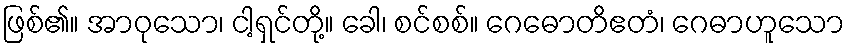
ဖြစ်၏။ အာဝုသော၊ ငါ့ရှင်တို့။ ခေါ၊ စင်စစ်။ ဂေဓောတိဧတံ၊ ဂေဓာဟူသော